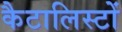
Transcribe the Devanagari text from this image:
कैटालिस्टों